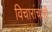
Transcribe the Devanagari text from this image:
विचारांचाही